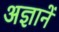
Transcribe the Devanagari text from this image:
अज्ञानें